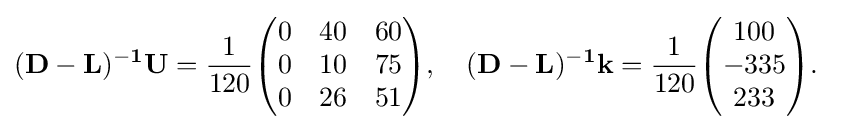
{\begin{aligned}&\mathbf {(D-L)^{-1}U} ={\frac {1}{120}}{\begin{pmatrix}0&40&60\\0&10&75\\0&26&51\end{pmatrix}},\quad \mathbf {(D-L)^{-1}k} ={\frac {1}{120}}{\begin{pmatrix}100\\-335\\233\end{pmatrix}}.\end{aligned}}